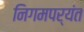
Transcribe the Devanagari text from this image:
निगमपर्यंत